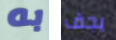
به يجف